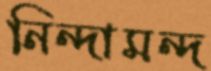
নিন্দামন্দ